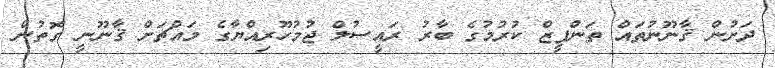
ދަށުން ޤާނޫނުތައް ތަންފީޒް ކުރުމުގެ ބާރު ރައީސުލް ޖުމުހޫރިއްޔާގެ މައްޗަށް ޤާނޫނީ ގޮތުން